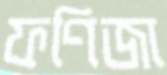
ফণিজা